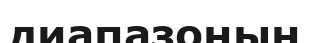
диапазонын